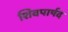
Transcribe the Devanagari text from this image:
शिवपार्षद